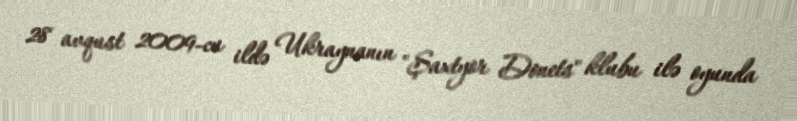
28 avqust 2009-cu ildə Ukraynanın "Şaxtyor Donets" klubu ilə oyunda